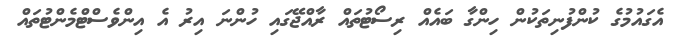
އެގައުމުގެ ކުންފުނިތަކުން ހިންގާ ބައެއް ރިސޯޓުތައް ރާއްޖޭގައި ހުންނަ އިރު އެ އިންވެސްޓްމެންޓުތައް